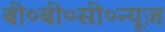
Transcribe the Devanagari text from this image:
बी०बी०सी०न्यूज़